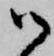
御